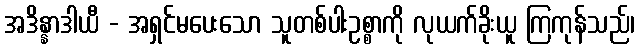
အဒိန္နာဒါယီ - အရှင်မပေးသော သူတစ်ပါးဥစ္စာကို လုယက်ခိုးယူ ကြကုန်သည်၊